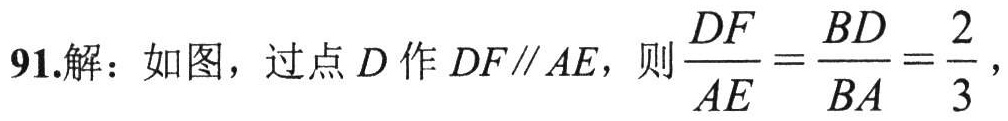
91.解：如图，过点\(D\)作\(DF\parallel AE\)，则\(\dfrac{DF}{AE}=\dfrac{BD}{BA}=\dfrac{2}{3}\)，